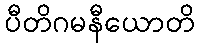
ပီတိဂမနီယောတိ